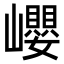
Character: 巊